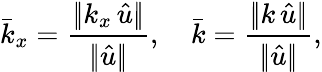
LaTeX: \bar{k}_{x}=\frac{|\! |k_{x}\, \hat{u}|\! |}{|\! |\hat{u}|\! |},\quad\bar{k}=\frac{|\! |k\, \hat{u}|\! |}{|\! |\hat{u}|\! |},